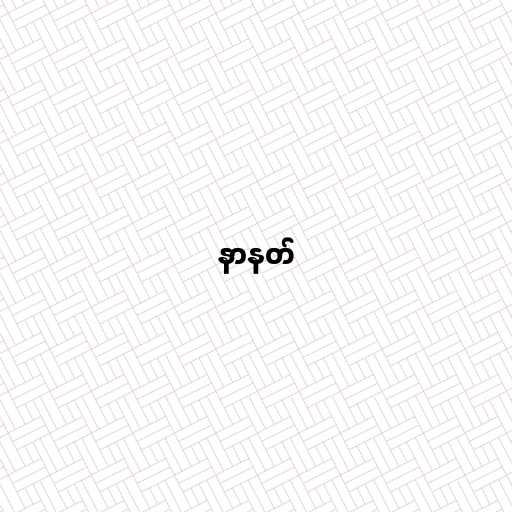
နာနတ်